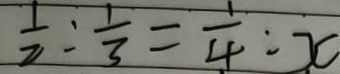
\frac { 1 } { 2 } o l o n \frac { 1 } { 3 } = \frac { 1 } { 4 } o l o n x